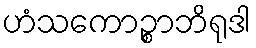
ဟံသကောဉ္စာဘိရုဒါ